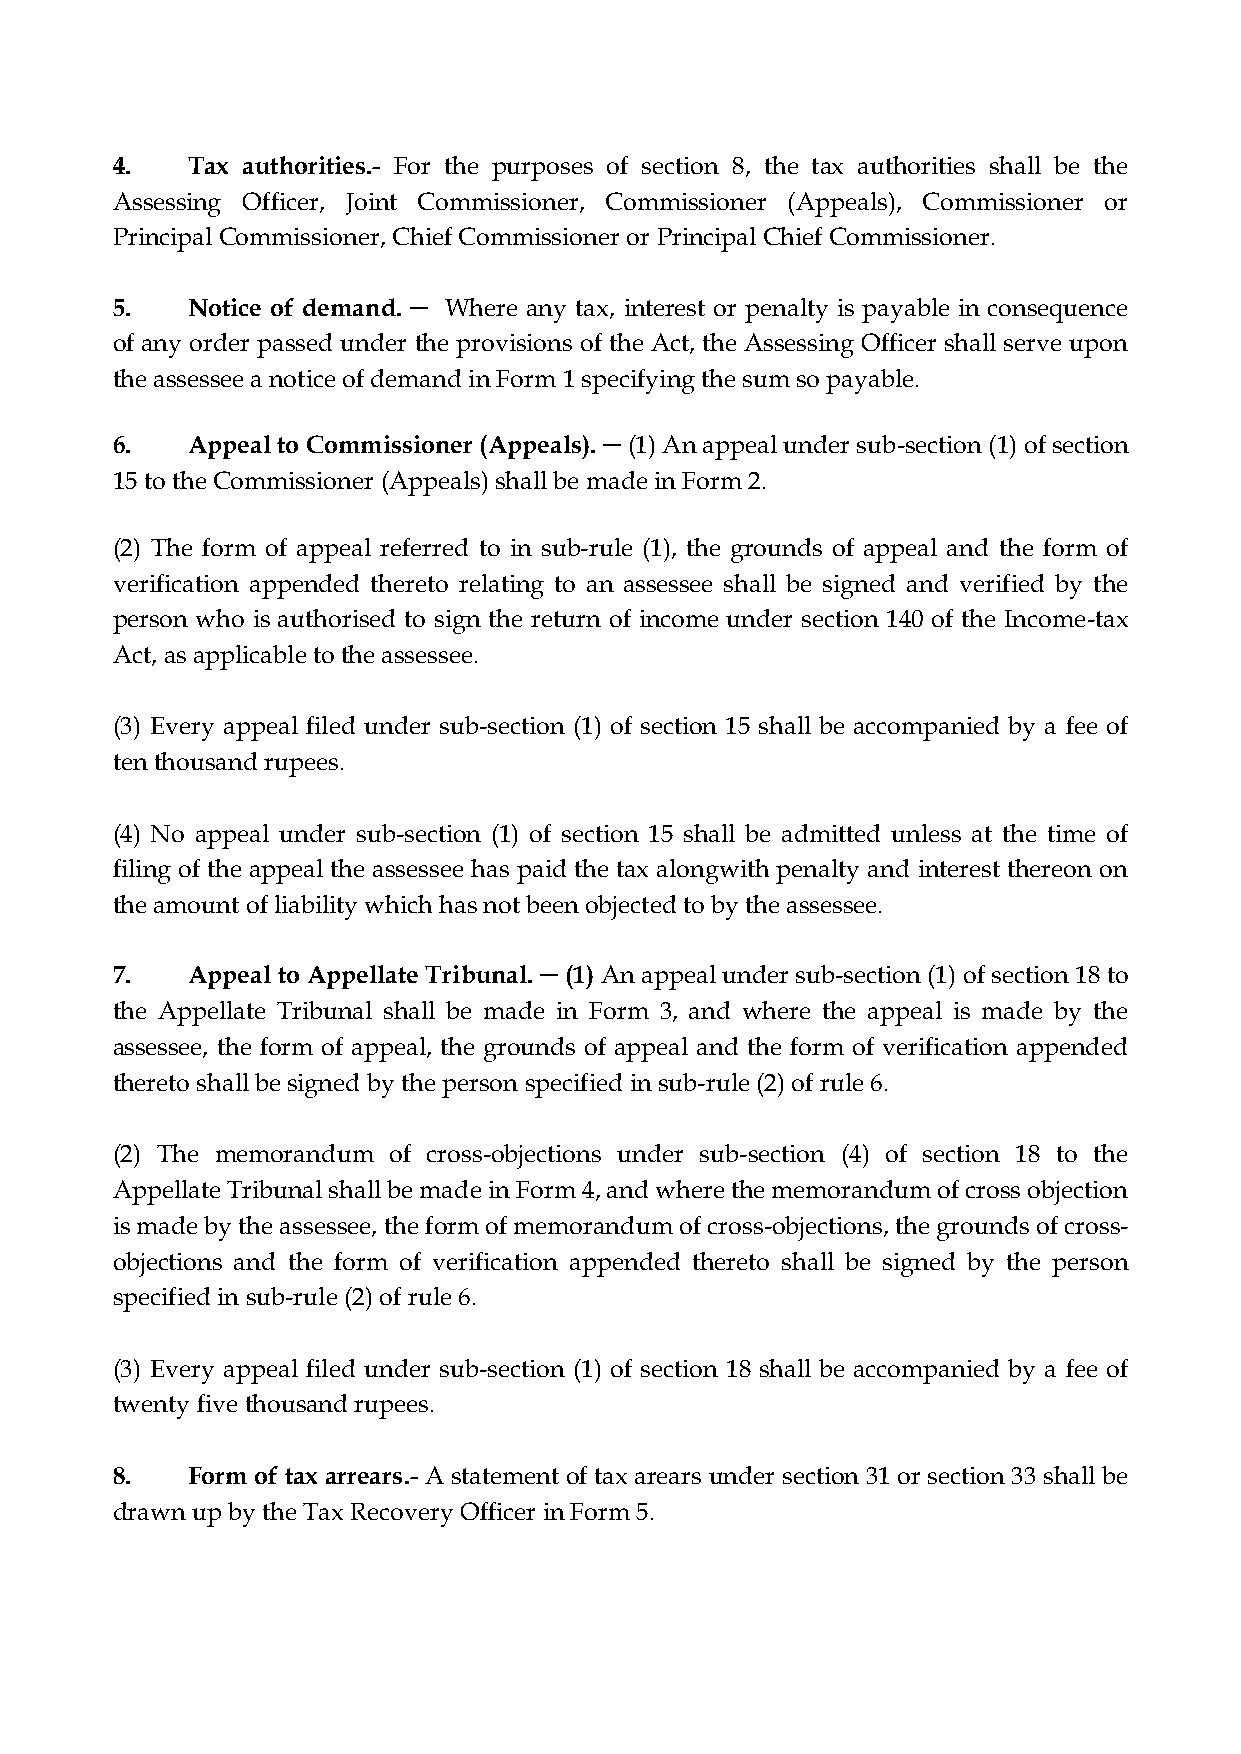
4.   Tax authorities.- For the purposes of section 8, the tax authorities shall be the
 Assessing Officer, Joint Commissioner, Commissioner (Appeals), Commissioner or
 Principal Commissioner, Chief Commissioner or Principal Chief Commissioner.
 5.   Notice of demand. ─ Where any tax, interest or penalty is payable in consequence
 of any order passed under the provisions of the Act, the Assessing Officer shall serve upon
 the assessee a notice of demand in Form 1 specifying the sum so payable.
 6.   Appeal to Commissioner (Appeals). ─ (1) An appeal under sub-section (1) of section
 15 to the Commissioner (Appeals) shall be made in Form 2.
 (2) The form of appeal referred to in sub-rule (1), the grounds of appeal and the form of
 verification appended thereto relating to an assessee shall be signed and verified by the
 person who is authorised to sign the return of income under section 140 of the Income-tax
 Act, as applicable to the assessee.
 (3) Every appeal filed under sub-section (1) of section 15 shall be accompanied by a fee of
 ten thousand rupees.
 (4) No appeal under sub-section (1) of section 15 shall be admitted unless at the time of
 filing of the appeal the assessee has paid the tax alongwith penalty and interest thereon on
 the amount of liability which has not been objected to by the assessee.
 7.   Appeal to Appellate Tribunal. ─ (1) An appeal under sub-section (1) of section 18 to
 the Appellate Tribunal shall be made in Form 3, and where the appeal is made by the
 assessee, the form of appeal, the grounds of appeal and the form of verification appended
 thereto shall be signed by the person specified in sub-rule (2) of rule 6.
 (2) The memorandum of cross-objections under sub-section (4) of section 18 to the
 Appellate Tribunal shall be made in Form 4, and where the memorandum of cross objection
 is made by the assessee, the form of memorandum of cross-objections, the grounds of cross-
 objections and the form of verification appended thereto shall be signed by the person
 specified in sub-rule (2) of rule 6.
 (3) Every appeal filed under sub-section (1) of section 18 shall be accompanied by a fee of
 twenty five thousand rupees.
 8.   Form of tax arrears.- A statement of tax arears under section 31 or section 33 shall be
 drawn up by the Tax Recovery Officer in Form 5.